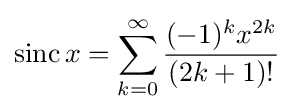
\operatorname {sinc} x=\sum _{k=0}^{\infty }{\frac {(-1)^{k}x^{2k}}{(2k+1)!}}